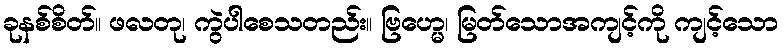
ခုနစ်စိတ်။ ဖလတု၊ ကွဲပါစေသတည်း။ ဗြဟ္မေ၊ မြတ်သောအကျင့်ကို ကျင့်သော